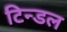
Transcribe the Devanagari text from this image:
टिन्डल